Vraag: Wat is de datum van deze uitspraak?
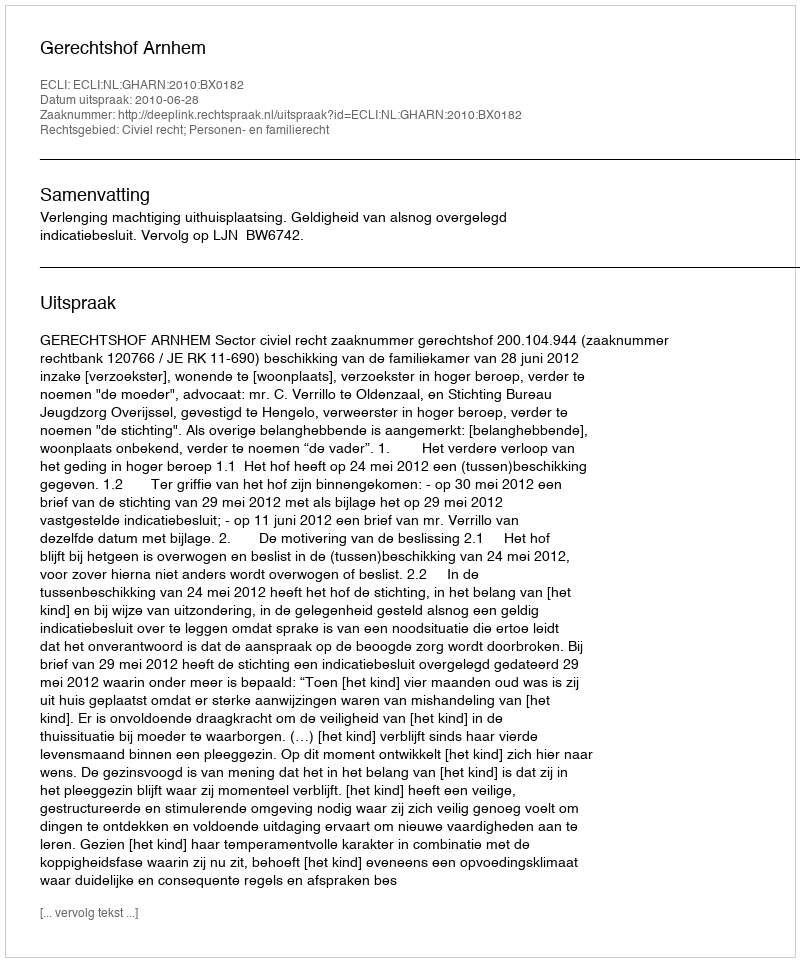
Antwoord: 2010-06-28